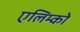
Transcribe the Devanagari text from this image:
एलिम्को